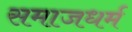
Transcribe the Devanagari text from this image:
समाजधर्म